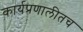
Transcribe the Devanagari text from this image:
कार्यप्रणालीतच